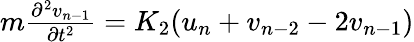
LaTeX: \begin{array}{r}{m\frac{\partial^{2}v_{n-1}}{\partial t^{2}}=K_{2}(u_{n}+v_{n-2}-2v_{n-1})}\end{array}